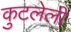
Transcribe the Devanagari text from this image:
कुटलेली